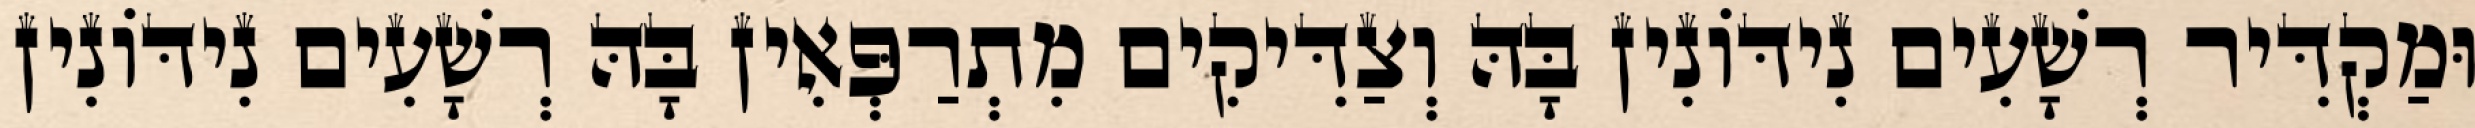
וּמַקְדִּיר רְשָׁעִים נִידּוֹנִין בָּהּ וְצַדִּיקִים מִתְרַפְּאִין בָּהּ רְשָׁעִים נִידּוֹנִין